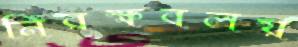
নিরক্ষবলয়